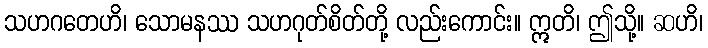
သဟဂတေဟိ၊ သောမနဿ သဟဂုတ်စိတ်တို့ လည်းကောင်း။ ဣတိ၊ ဤသို့။ ဆဟိ၊